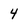
Character: 4